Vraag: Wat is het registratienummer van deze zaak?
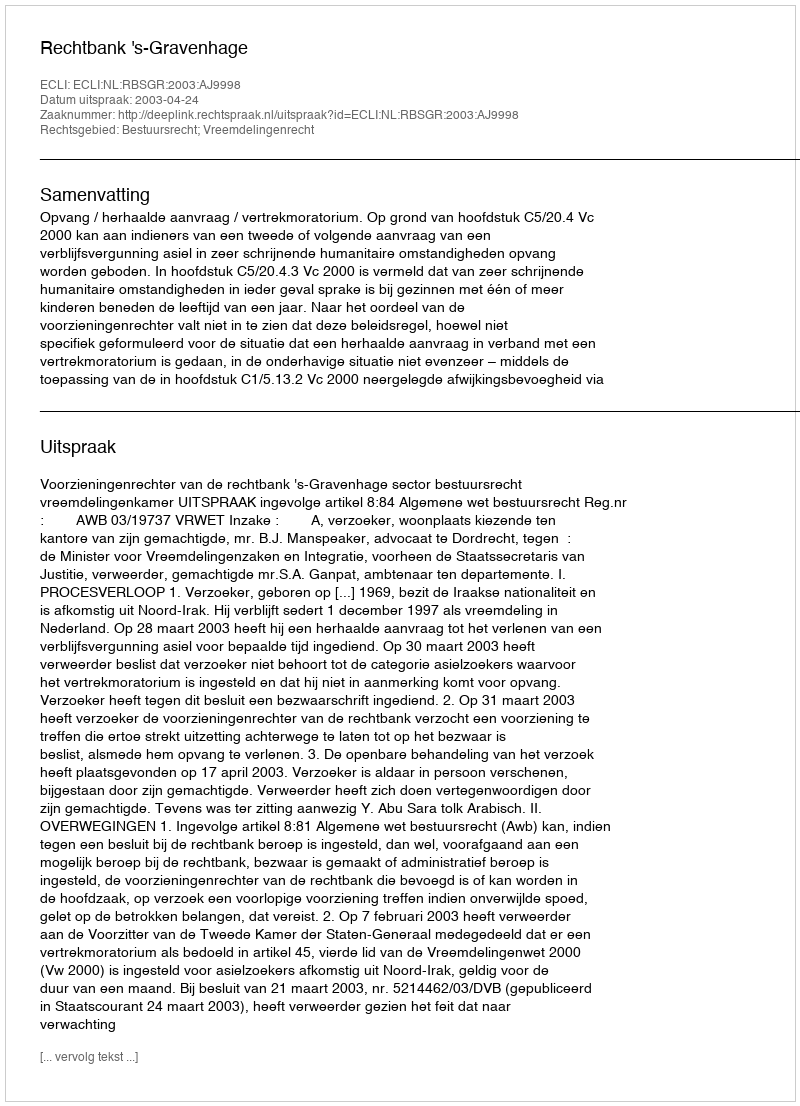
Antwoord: http://deeplink.rechtspraak.nl/uitspraak?id=ECLI:NL:RBSGR:2003:AJ9998